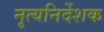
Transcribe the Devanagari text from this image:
नृत्यनिर्देशक